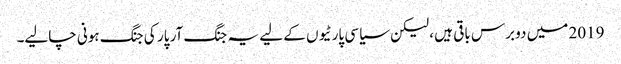
2019 میں دو برس باقی ہیں ، لیکن سیاسی پارٹیوں کے لیے یہ جنگ آر پار کی جنگ ہونی چالیے۔